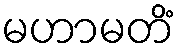
မဟာမတိံ